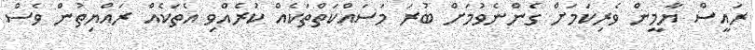
ރައީސް ޔާމީން ވެރިކަމަށް ގެންނެވުމަށް ބުރަ މަސައްކަތްތަކެއް ކުރެއްވި އެތަކެއް ރައްޔިތުން ވެސް